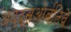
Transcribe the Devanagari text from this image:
अद्द्सओर्बतिवे